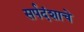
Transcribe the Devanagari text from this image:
सर्पदंशाचे